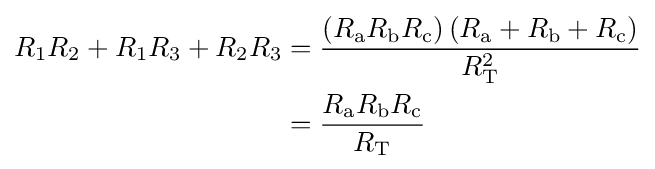
{\begin{aligned}R_{1}R_{2}+R_{1}R_{3}+R_{2}R_{3}&={}{\frac {\left(R_{\text{a}}R_{\text{b}}R_{\text{c}}\right)\left(R_{\text{a}}+R_{\text{b}}+R_{\text{c}}\right)}{R_{\text{T}}^{2}}}\\&={}{\frac {R_{\text{a}}R_{\text{b}}R_{\text{c}}}{R_{\text{T}}}}\end{aligned}}